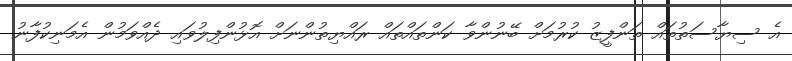
އެ ސިޔާސަތުތައް ތަންފީޒު ކުރުމަށް ބޭނުންވާ ކަންތައްތައް ރައްޔިތުންނަށް އޮޅުންފިލުވައި ދެއްވަމުން އެމަނިކުފާނު